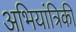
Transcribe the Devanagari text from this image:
अभियांत्रिकी